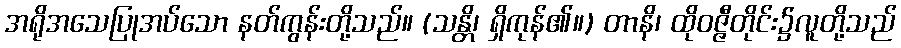
အရိုအသေပြုအပ်သော နတ်ကွန်းတို့သည်။ (သန္တိ၊ ရှိကုန်၏။) တာနိ၊ ထိုဝဇ္ဇီတိုင်း၌လူတို့သည်